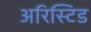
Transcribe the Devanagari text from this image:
अरिस्टिड